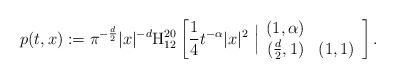
LaTeX: \begin{align*}p(t,x):=\pi^{-\frac{d}{2}}|x|^{-d}\textnormal{H}_{12}^{20}\left[ \frac{1}{4}t^{-\alpha}|x|^{2}\ \Big|\begin{array}{cc} (1,\alpha) \\ (\frac{d}{2},1) & (1,1)\end{array}\right]. \end{align*}